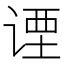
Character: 𬤇